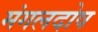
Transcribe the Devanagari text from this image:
मंगलदोष